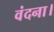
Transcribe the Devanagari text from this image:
वंदना।